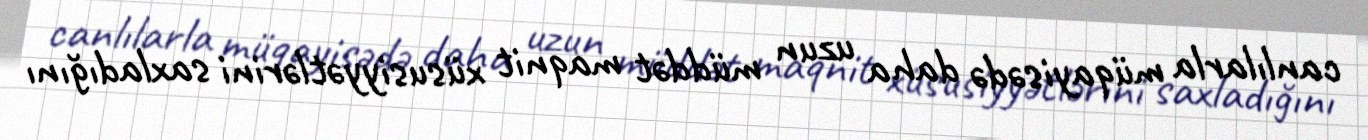
canlılarla müqayisədə daha uzun müddət maqnit xüsusiyyətlərini saxladığını